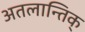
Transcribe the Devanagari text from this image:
अतलान्तिक्